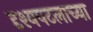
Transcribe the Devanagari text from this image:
दृश्यपटलाच्या